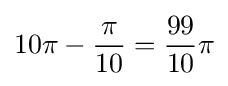
10\pi -{\frac {\pi }{10}}={\frac {99}{10}}\pi